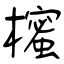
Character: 櫁